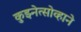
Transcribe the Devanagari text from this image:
कुझ्नेत्सोव्हाने